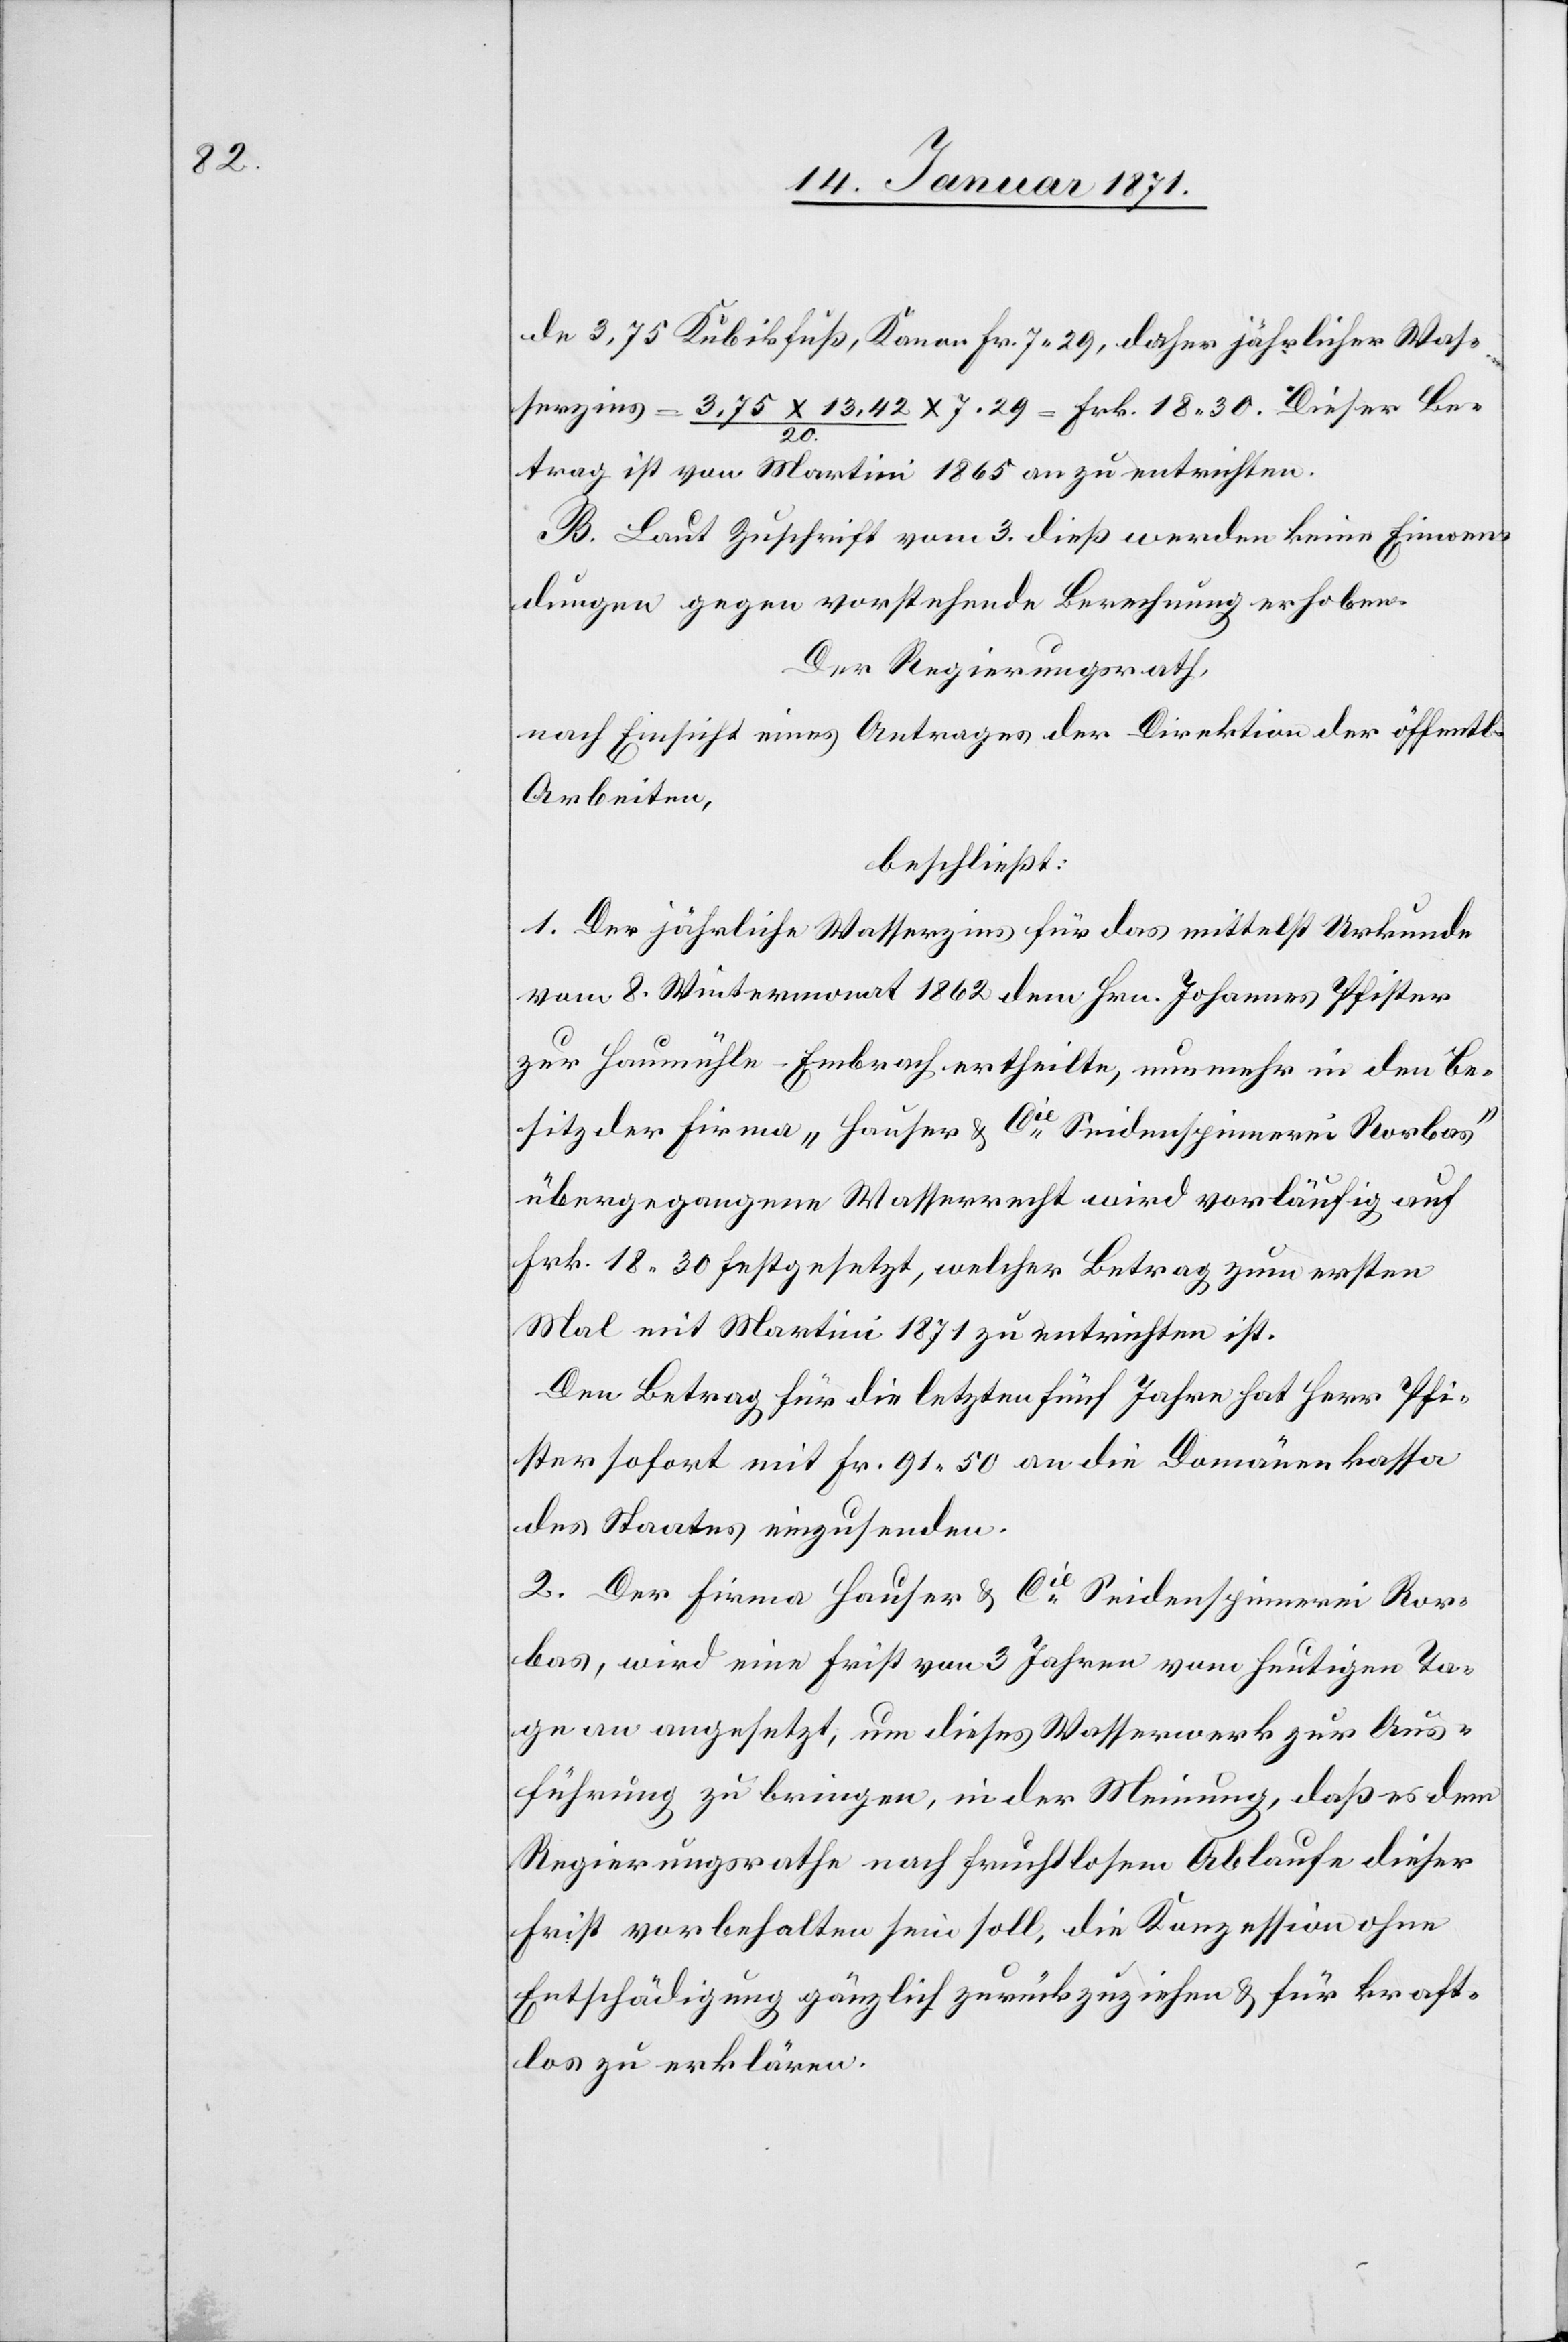
de 3,75 Kubikfuß, Kanon Fr. 7.29, daher jährlicher Was¬
serzins = 3.75 x 13.42 / 20 x 7.29 = Frk. 18.30. Dieser Be¬
trag ist von Martini 1865 an zu entrichten.
B. Laut Zuschrift vom 3. dieß werden keine Einwen¬
dungen gegen vorstehende Berechnung erhoben.
Der Regierungsrath,
nach Einsicht eines Antrages der Direktion der öffentl.
Arbeiten,
beschließt:
1. Der jährliche Wasserzins für das mittelst Urkunde
vom 8. Wintermonat 1862 dem Hrn. Johannes Pfister
zur Haumühle-Embrach ertheilte, nun mehr in den Be¬
sitz der Firma „Hauser u. Cie. Seidenspinnerei Rorbas“
übergegangene Wasserrecht wird vorläufig auf
Frk. 18.30 festgesetzt, welcher Betrag zum ersten
Mal mit Martini 1871 zu entrichten ist.
Der Betrag für die letzten fünf Jahre hat Herr Pfi¬
ster sofort mit Fr. 91.50 an die Domänenkassa
des Staates einzusenden.
2. Der Firma Hauser u. Cie. Seidenspinnerei Ror¬
bas, wird eine Frist von 3 Jahren vom heutigen Ta¬
ge an angesetzt, um dieses Wasserwerk zur Aus¬
führung zu bringen, in der Meinung, daß es dem
Regierungsrathe nach fruchtlosem Ablaufe dieser
Frist vorbehalten sein soll, die Konzession ohne
Entschädigung gänzlich zurückzuziehen u. für kraft¬
los zu erklären.